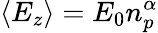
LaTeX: \langle E_{z}\rangle=E_{0}n_{p}^{\alpha}